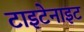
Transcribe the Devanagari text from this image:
टाइटेनाइट